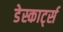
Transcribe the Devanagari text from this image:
डेस्कार्ट्स